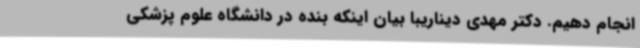
انجام دهیم. دکتر مهدی دیناریبا بیان اینکه بنده در دانشگاه علوم پزشکی